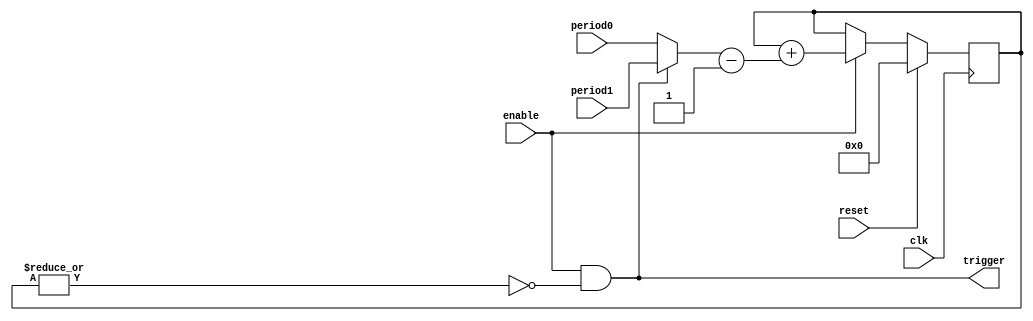
`default_nettype none

module Counter #( parameter PERIOD_BITS = 8, parameter LOG2_STEP = 0 ) (
		input wire clk,
		input wire reset,
		input wire [PERIOD_BITS-1:0] period0,
		input wire [PERIOD_BITS-1:0] period1,
		input wire enable,
		output wire trigger
	);

	reg [PERIOD_BITS-1:0] counter;
	wire [PERIOD_BITS-1:0] delta_counter;
	assign trigger = enable & !(|counter[PERIOD_BITS-1:LOG2_STEP]); // Trigger if decreasing by 1 << LOG2_STEP would wrap around.
	assign delta_counter = (trigger ? period1 : period0) - (1 << LOG2_STEP);

	always @(posedge clk) begin
		if (reset) begin
			counter <= 0;
		end else if (enable) begin
			counter <= counter + delta_counter;
		end
	end
endmodule

module tt_um_toivoh_test #(
		parameter DIVIDER_BITS = 7, parameter OCT_BITS = 3, parameter PERIOD_BITS = 10, parameter WAVE_BITS = 8,
		parameter LEAST_SHR = 3
	) (
		input  wire [7:0] ui_in,    // Dedicated inputs - connected to the input switches
		output wire [7:0] uo_out,   // Dedicated outputs - connected to the 7 segment display
		input  wire [7:0] uio_in,   // IOs: Bidirectional Input path
		output wire [7:0] uio_out,  // IOs: Bidirectional Output path
		output wire [7:0] uio_oe,   // IOs: Bidirectional Enable path (active high: 0=input, 1=output)
		input  wire       ena,      // will go high when the design is enabled
		input  wire       clk,      // clock
		input  wire       rst_n     // reset_n - low to reset
	);

	localparam EXTRA_BITS = LEAST_SHR + (1 << OCT_BITS) - 1;
	localparam FEED_SHL = (1 << OCT_BITS) - 1;
	localparam STATE_BITS = WAVE_BITS + EXTRA_BITS;
	localparam SHIFTER_BITS = WAVE_BITS + (1 << OCT_BITS) - 1;

	wire reset = 0;//!rst_n;

	reg [1:0] state;
	wire counter_en = ena && (state == 0);

	// Configuration input
	assign uio_oe = 0; assign uio_out = 0; // Let the bidirectional signals be inputs
	wire [7:0] cfg_in = uio_in;
	reg [47:0] cfg;
	wire [7:0] cfg_in_en = ui_in;


	// Octave divider
	reg [DIVIDER_BITS-1:0] oct_counter;
	wire [DIVIDER_BITS-1:0] next_oct_counter = oct_counter + 1;
	wire [DIVIDER_BITS:0] oct_enables;
	assign oct_enables[0] = 1;
	assign oct_enables[DIVIDER_BITS:1] = next_oct_counter & ~oct_counter; // Could optimize oct_enables[1] to just next_oct_counter[0]


	// Sawtooth
	wire [PERIOD_BITS-1:0] saw_period = {1'b1, cfg[PERIOD_BITS-2:0]};
	wire [OCT_BITS-1:0] oct = cfg[PERIOD_BITS-2+OCT_BITS -: OCT_BITS];
	wire saw_en = oct_enables[oct];
	wire saw_trigger;
	Counter #(.PERIOD_BITS(PERIOD_BITS), .LOG2_STEP(WAVE_BITS)) saw_counter(
		.clk(clk), .reset(reset), .period0({PERIOD_BITS{1'b0}}), .period1(saw_period), .enable(saw_en & counter_en),
		.trigger(saw_trigger)
	);
	reg [WAVE_BITS-1:0] saw;

	// Osc and damp counters
	wire [PERIOD_BITS:0] osc_period  = {2'b01, cfg[16 + PERIOD_BITS-2 -: PERIOD_BITS-1]};
	wire [PERIOD_BITS:0] damp_period = {2'b01, cfg[32 + PERIOD_BITS-2 -: PERIOD_BITS-1]};
	wire [OCT_BITS-1:0] osc_oct  = cfg[16 + PERIOD_BITS-2+OCT_BITS -: OCT_BITS];
	wire [OCT_BITS-1:0] damp_oct = cfg[32 + PERIOD_BITS-2+OCT_BITS -: OCT_BITS];
	wire osc_trigger, damp_trigger;
	Counter #(.PERIOD_BITS(PERIOD_BITS+1), .LOG2_STEP(PERIOD_BITS)) osc_counter(
		.clk(clk), .reset(reset), .period0(osc_period), .period1(osc_period << 1), .enable(counter_en),
		.trigger(osc_trigger)
	);
	Counter #(.PERIOD_BITS(PERIOD_BITS+1), .LOG2_STEP(PERIOD_BITS)) damp_counter(
		.clk(clk), .reset(reset), .period0(damp_period), .period1(damp_period << 1), .enable(counter_en),
		.trigger(damp_trigger)
	);
	reg do_osc, do_damp; // TODO: Could I do without these?

	reg signed [STATE_BITS-1:0] y;
	reg signed [STATE_BITS-1:0] v;

	wire [OCT_BITS-1:0] nf_osc  = osc_oct  + do_osc;
	wire [OCT_BITS-1:0] nf_damp = damp_oct + do_damp;

	reg signed [STATE_BITS-1:0] a_src;
	reg signed [SHIFTER_BITS-1:0] shifter_src;
	reg [OCT_BITS-1:0] nf;
	always @(*) begin
		case (state)
			0, 1, 3: a_src = v;
			2: a_src = y;
		endcase
		case (state)
			1: shifter_src = $signed({saw, {(FEED_SHL-1){1'b0}}});
			2: shifter_src = v >>> LEAST_SHR;
			3: shifter_src = ~(y >>> LEAST_SHR); // cheaper negation
			0: shifter_src = ~(v >>> LEAST_SHR); // cheaper negation
		endcase
		case (state)
			0: nf = nf_damp;
			1, 2, 3: nf = nf_osc;
		endcase
	end

	wire signed [SHIFTER_BITS-1:0] b_src = shifter_src >>> nf;
	wire [STATE_BITS-1:0] next_state = a_src + b_src;

	always @(posedge clk) begin
		if (reset) begin
			state <= 0;
			oct_counter <= 0;
			//cfg <= 0;
			//cfg <= {3'd3, 9'd56};
			cfg[15:0] <= {3'd3, 9'd56};
			cfg[31:16] <= {3'd3, 9'd56};
			cfg[47:32] <= {3'd4, 9'd56};
			//cfg[47:32] <= {3'd6, 9'd56};
			saw <= 0;
			y <= 0;
			v <= 0;
			do_osc <= 0;
			do_damp <= 0;
		end else begin
			if (cfg_in_en[0]) cfg[ 7: 0] <= cfg_in;
			if (cfg_in_en[1]) cfg[15: 8] <= cfg_in;
			if (cfg_in_en[2]) cfg[23:16] <= cfg_in;
			if (cfg_in_en[3]) cfg[31:24] <= cfg_in;
			if (cfg_in_en[4]) cfg[39:32] <= cfg_in;
			if (cfg_in_en[5]) cfg[47:40] <= cfg_in;

			if (state == 0) begin
				oct_counter <= next_oct_counter;
				saw <= saw + saw_trigger;
				do_osc <= osc_trigger;
				do_damp <= damp_trigger;

				//v <= v - ((v >>> LEAST_SHR) >>> nf_damp);
				v <= next_state;
			end else if (state == 1) begin
				//v <= v + ($signed({saw, {(FEED_SHL-1){1'b0}}}) >>> nf_osc);
				v <= next_state;
			end else if (state == 2) begin
				//y <= y + ((v >>> LEAST_SHR) >>> nf_osc);
				y <= next_state;
			end else if (state == 3) begin
				//v <= v - ((y >>> LEAST_SHR) >>> nf_osc);
				v <= next_state;
			end

			state <= state + 1;
		end
	end

	//assign uo_out = saw;
	assign uo_out = y >>> EXTRA_BITS;
endmodule